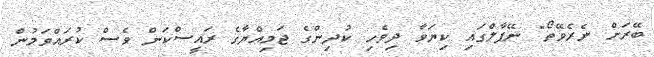
ބޭރަށް ނެރެވޭތޯ" ނޭޕާލްގައި ކިޔަވާ ދިވެހި ކުދިންގެ ޖަމިއްޔާގެ ރައީސްކަން ވެސް ކުރައްވަމުން